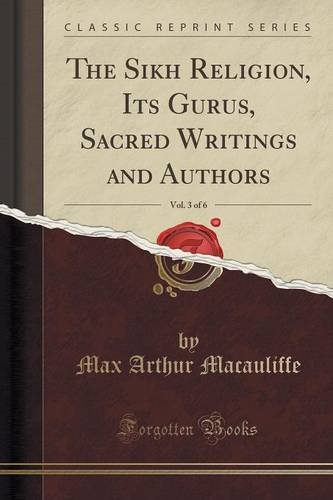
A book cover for The Sikh Religion, Its Gurus, Sacred Writings and Authors, Vol. 3 of 6 (Classic Reprint); Max Arthur Macauliffe; Religion & Spirituality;